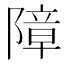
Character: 障